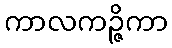
ကာလကဉ္ဇိကာ